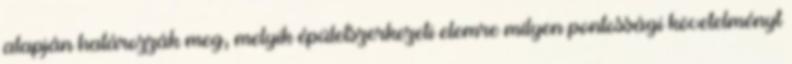
alapján határozzák meg, melyik épületszerkezeti elemre milyen pontossági követelményt